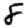
Digit: 8